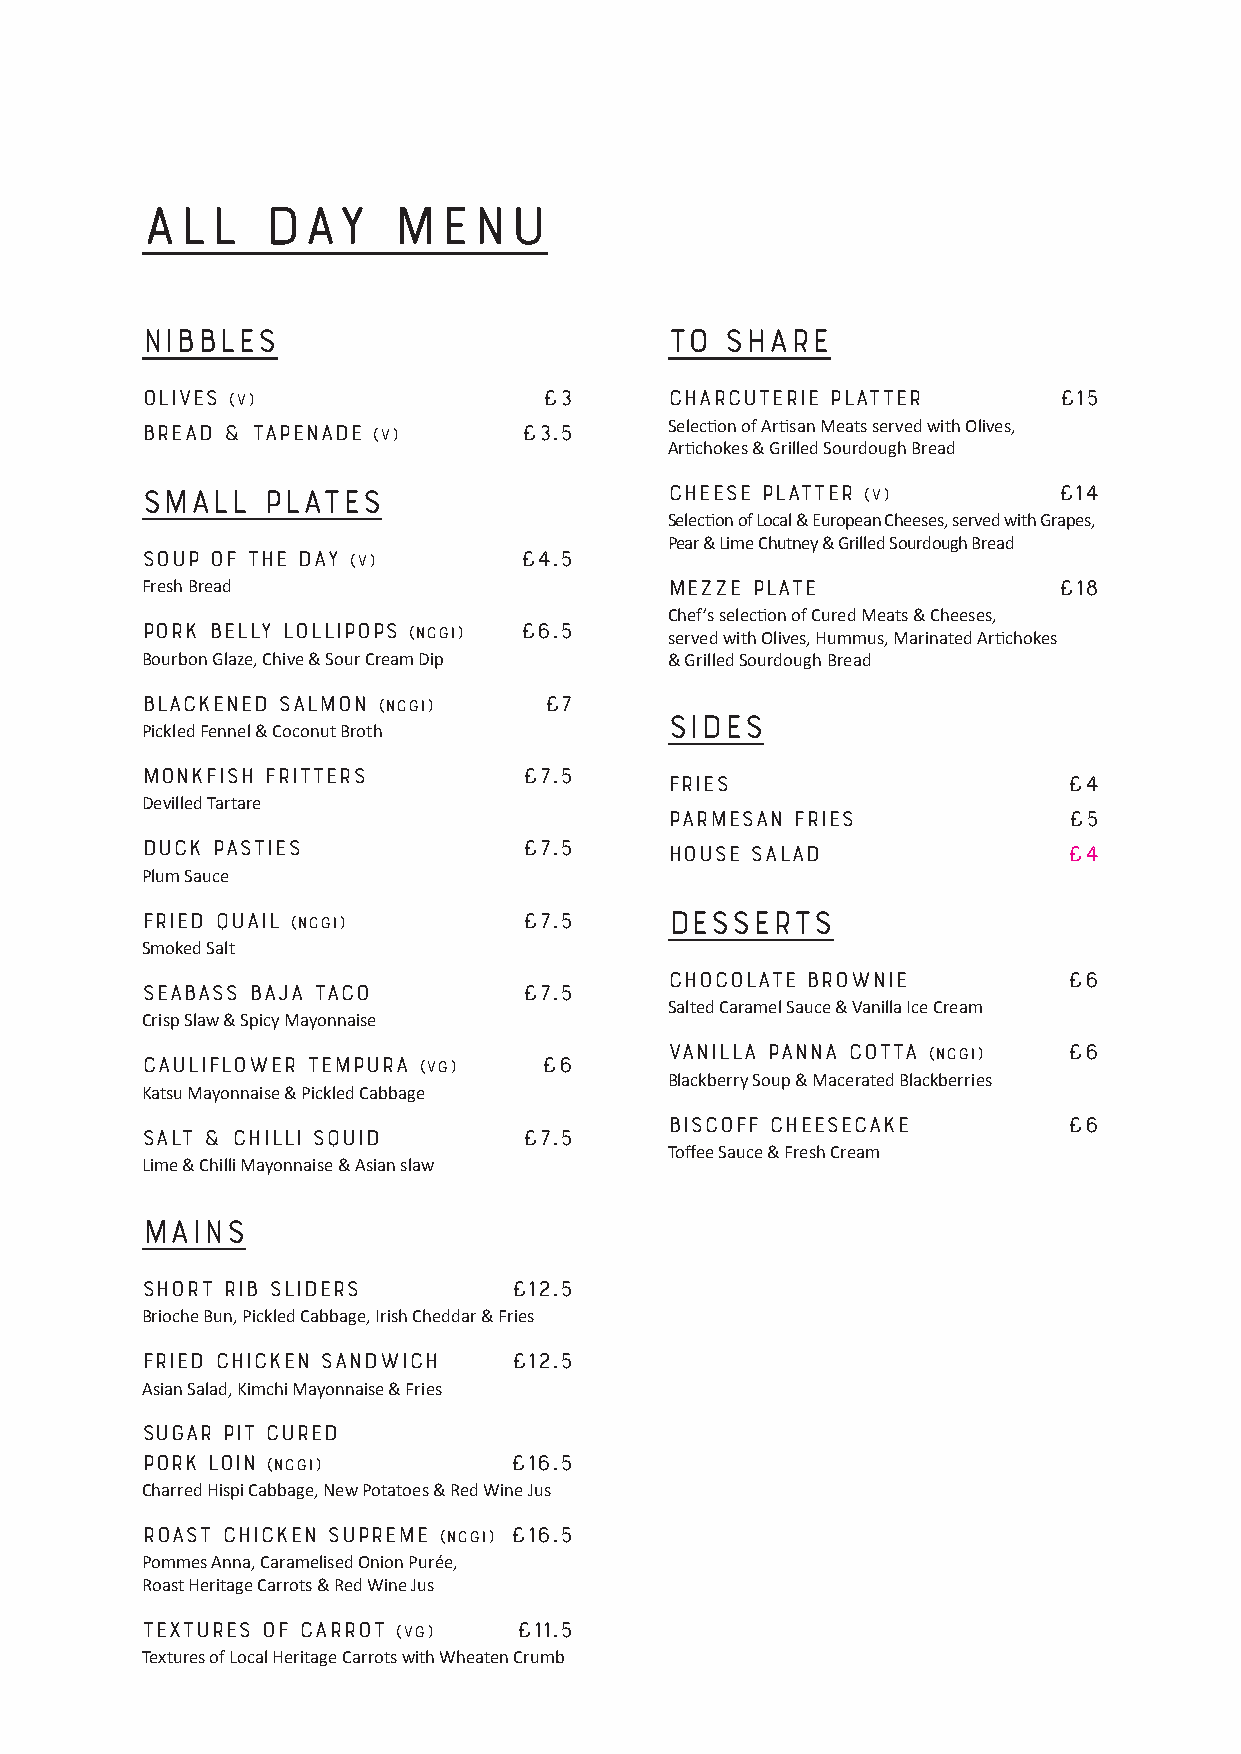
ALL     DAY      MENU
 NIBBLES                            To  Share
 Olives (v)                 £3      Charcuterie Platter       £15
 Selection of Artisan Meats served with Olives,
 Bread & tapenade (v)      £3.5
 Artichokes & Grilled Sourdough Bread
 SMALL   PLATES                     Cheese Platter (V)        £14
 Selection of Local & European Cheeses, served with Grapes,
 Pear & Lime Chutney & Grilled Sourdough Bread
 Soup of the day (v)      £4.5
 Fresh Bread                        Mezze Plate               £18
 Chef’s selection of Cured Meats & Cheeses,
 Pork Belly Lollipops (NCGI) £6.5   served with Olives, Hummus, Marinated Artichokes
 Bourbon Glaze, Chive & Sour Cream Dip & Grilled Sourdough Bread
 Blackened salmon (NCGI)    £7
 SIDES
 Pickled Fennel & Coconut Broth
 Monkfish Fritters         £7.5
 FRIES                      £4
 Devilled Tartare
 Parmesan fries             £5
 Duck pasties              £7.5     House Salad                £4
 Plum Sauce
 Fried Quail (NCGI)        £7.5     DESSERTS
 Smoked Salt
 Chocolate Brownie          £6
 Seabass Baja taco         £7.5
 Salted Caramel Sauce & Vanilla Ice Cream
 Crisp Slaw & Spicy Mayonnaise
 Vanilla Panna Cotta (NCGI) £6
 Cauliflower Tempura (VG)   £6
 Blackberry Soup & Macerated Blackberries
 Katsu Mayonnaise & Pickled Cabbage
 Biscoff Cheesecake         £6
 Salt & chilli squid       £7.5
 Toffee Sauce & Fresh Cream
 Lime & Chilli Mayonnaise & Asian slaw
 MAINS
 Short Rib Sliders        £12.5
 Brioche Bun, Pickled Cabbage, Irish Cheddar & Fries
 Fried Chicken Sandwich   £12.5
 Asian Salad, Kimchi Mayonnaise & Fries
 Sugar Pit Cured
 Pork loin (NCGI)         £16.5
 Charred Hispi Cabbage, New Potatoes & Red Wine Jus
 Roast Chicken Supreme (NCGI) £16.5
 Pommes Anna, Caramelised Onion Purée,
 Roast Heritage Carrots & Red Wine Jus
 Textures of Carrot (VG)  £11.5
 Textures of Local Heritage Carrots with Wheaten Crumb